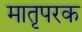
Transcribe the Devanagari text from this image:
मातृपरक